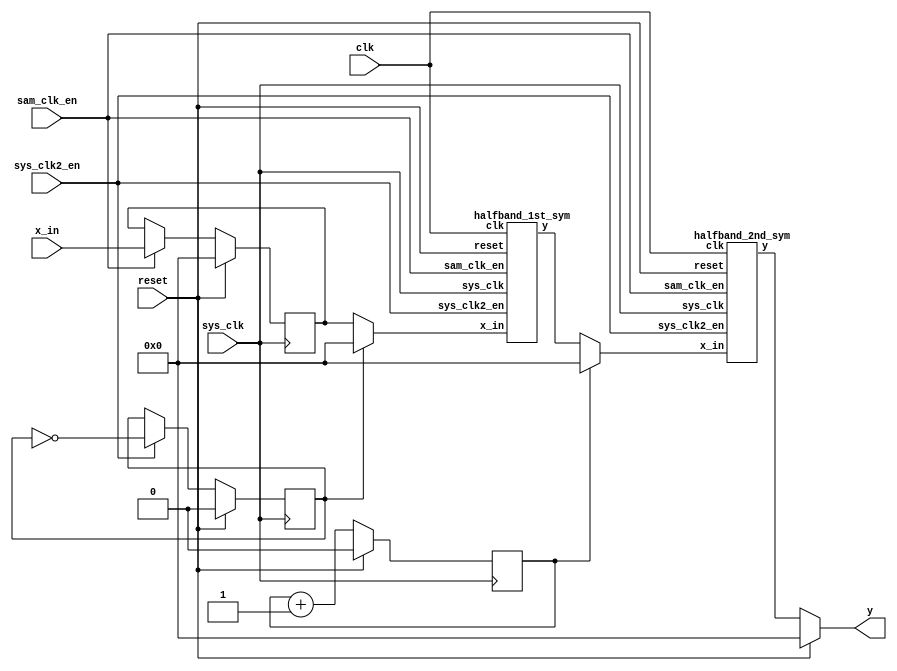
module DUT #(
//Will have to manually adjust line 110 if statements based on len of filt & sum lvls required
    parameter WIDTH=18,
    parameter LENGTH=15,
    parameter DELAY=4,
    parameter SUMLV1=8,
    parameter SUMLV2=4,
    parameter SUMLV3=2
)
(
    input sys_clk, sam_clk_en, reset, clk, sys_clk2_en,
    input signed [WIDTH-1:0] x_in,
    output reg signed [WIDTH-1:0] y
);
(* preserve *) reg signed [WIDTH-1:0] x;

/*-----------x[n]-----------*/
always @ (posedge sys_clk)
    if (reset) 
        x<=18'sd0;
    else if (sam_clk_en) begin
        x<=$signed( x_in );
    end
    else
        x<=$signed(x);

/*------------Upsample b4 1st LPF | 12.5 MHz------------*/
(* preserve *) reg halfSysCnt;

always @ (posedge sys_clk)
	if (reset)
		halfSysCnt=1'd0;
	else if (sys_clk2_en)
		halfSysCnt=~halfSysCnt;
		
(* keep *) reg signed [17:0] UpSam1;

always @ * begin
	case (halfSysCnt)
		1'd0 : UpSam1=$signed(x);
		default : UpSam1=18'sd0;
	endcase
end
		
/*------------First halfband LPF | 12.5 MHz------------*/
wire signed [17:0] halfOut1;

halfband_1st_sym HB1 (
//halfband_1st_sym_copy HB1 (
	.x_in(UpSam1),
	.y(halfOut1),
	.sys_clk(sys_clk),
	.sam_clk_en(sam_clk_en),
	.reset(reset),
	.clk(clk),
	.sys_clk2_en(sys_clk2_en)
	);

/*------------Upsample b4 2nd LPF | 25 MHz------------*/
(* preserve *) reg SysCnt;

always @ (posedge sys_clk)
	if (reset)
		SysCnt<=1'd0;
	else 
		SysCnt<=SysCnt+1'd1;
		
		
(* keep *) reg signed [17:0] UpSam2;

always @ * begin
	case (SysCnt)
		1'd0 : UpSam2=$signed(halfOut1);
		default : UpSam2=18'sd0;
	endcase
end
		
/*------------Second halfband LPF | 25 MHz------------*/
wire signed [17:0] halfOut2;

halfband_2nd_sym HB2 (
	.x_in(UpSam2),
	.y(halfOut2),
	.sys_clk(sys_clk),
	.sam_clk_en(sam_clk_en),
	.reset(reset),
	.clk(clk),
	.sys_clk2_en(sys_clk2_en)
	);

always @ (sys_clk)
	if (reset)
		y<=18'sd0;
	else
		y<=$signed(halfOut2);

endmodule

/*----------------------------------HB1----------------------------------*/
module halfband_1st_sym #(
//Will have to manually adjust line 110 if statements based on len of filt & sum lvls required
    parameter WIDTH=18,
    parameter LENGTH=15,
    parameter DELAY=4,
    parameter SUMLV1=8,
    parameter SUMLV2=4,
    parameter SUMLV3=2
)
(
    input sys_clk, sam_clk_en, reset, clk, sys_clk2_en,
    input signed [WIDTH-1:0] x_in,
    output reg signed [WIDTH-1:0] y
);

(* preserve *) reg signed [WIDTH-1:0] sum_lvl_1[SUMLV1-1:0];
(* keep *) reg signed [2*WIDTH-1:0] mult_out[SUMLV1-1:0];
(* noprune *) reg signed [WIDTH-1:0] sum_lvl_2[SUMLV2-1:0];
(* noprune *) reg signed [WIDTH-1:0] sum_lvl_3[SUMLV3-1:0];
(* noprune *) reg signed [WIDTH-1:0] sum_lvl_4;
(* preserve *) reg signed [WIDTH-1:0] x[(LENGTH-1):0];
//0s18 coeffs
(* keep *) reg signed [WIDTH-1:0] Hsys[SUMLV1-1:0];


integer i;
initial begin
     for (i=0; i<SUMLV1; i=i+1)
        sum_lvl_1[i]=18'sd0;
     for (i=0; i<SUMLV1; i=i+1)
        mult_out[i]=36'sd0;
     for (i=0; i<LENGTH; i=i+1)
        x[i]=18'sd0;
     for (i=0; i<SUMLV3; i=i+1)
        sum_lvl_3[i]=18'sd0;
     sum_lvl_4 = 18'sd0;
     y = 18'sd0;
end


/*-----------x[n]-----------*/
always @ (posedge sys_clk)
    if (reset) 
        x[0]<=18'sd0;
    else if (sys_clk2_en) begin
        x[0]<=$signed( {x_in[17],x_in[17:1]} );	//format input to 2s16 to prevent overflow
    end
    else
        x[0]<=$signed(x[0]);

always @ (posedge sys_clk)
    if (reset) begin
        for(i=1; i<LENGTH; i=i+1)
            x[i]<=18'sd0;
    end
    else if (sys_clk2_en) begin
        for(i=1; i<LENGTH; i=i+1)
            x[i]<=$signed(x[i-1]);
    end

/*-----------sum_lvl_1-----------*/
always @ (posedge sys_clk)
    if (reset) begin
		 for(i=0;i<SUMLV1-1;i=i+1)
			  sum_lvl_1[i] <= 18'sd0;
    end
    else if (sys_clk2_en) begin
		 for(i=0;i<SUMLV1-1;i=i+1)
			  sum_lvl_1[i] <= $signed(x[i])+$signed(x[LENGTH-1-i]);
    end

//cntr
always @ (posedge sys_clk)
    if (reset) sum_lvl_1[SUMLV1-1] <= 18'sd0;
    else if (sys_clk2_en) sum_lvl_1[SUMLV1-1] <= $signed(x[SUMLV1-1]);
    else sum_lvl_1[SUMLV1-1] <= $signed(sum_lvl_1[SUMLV1-1]);

/*-----------Mult_out (2s34)-----------*/
always @ *
	for(i=0; i<SUMLV1; i=i+1)
				//mult_out (2s34) = 0s18 * 2s16
				mult_out[i] = $signed(Hsys[i])*$signed(sum_lvl_1[i]);

/*-----------SUMLV2-----------*/
always @ (posedge sys_clk)
    if (reset) begin
        for (i=0; i<SUMLV2; i=i+1)
            sum_lvl_2[i]<=18'sd0;
    end
    else if (sys_clk2_en) begin
        for (i=0; i<SUMLV2; i=i+1)				
	    //mult_out (2s34) -> sum_lvl_2 1s17
            sum_lvl_2[i]<=$signed(mult_out[2*i][34:17])+$signed(mult_out[2*i+1][34:17]);
    end

/*-----------SUMLV3-----------*/
always @ (posedge sys_clk)
    if (reset) begin
        for (i=0; i<SUMLV3; i=i+1)
            sum_lvl_3[i]<=18'sd0;
    end
    else if (sys_clk2_en) begin
        for (i=0; i<SUMLV3; i=i+1)
            sum_lvl_3[i]<=$signed(sum_lvl_2[2*i])+$signed(sum_lvl_2[2*i+1]);
    end

/*-----------SUMLV4-----------*/
always @ (posedge sys_clk)
    if (reset)
       sum_lvl_4<=18'sd0;
    else if (sys_clk2_en)
       sum_lvl_4<=$signed(sum_lvl_3[0])+$signed(sum_lvl_3[1]);

/*-----------Output-----------*/
always @ (posedge sys_clk)
    if (reset) 
	y<= 18'sd0;
    else if (sys_clk2_en)
	y<=$signed(sum_lvl_4);
    else 
	y<=$signed(y);

/*-----------coeffs 0s18-----------*/
initial begin
	Hsys[0] = -18'sd348;
	Hsys[1] = 18'sd0;
	Hsys[2] = 18'sd3274;
	Hsys[3] = 18'sd0;
	Hsys[4] = -18'sd15925;
	Hsys[5] = 18'sd0;
	Hsys[6] = 18'sd78535;
	Hsys[7] = 18'sd131071;
end

endmodule

/*----------------------------------HB2----------------------------------*/
module halfband_2nd_sym #(
//Will have to manually adjust line 110 if statements based on len of filt & sum lvls required
    parameter WIDTH=18,
    parameter LENGTH=15,
    parameter DELAY=4,
    parameter SUMLV1=8,
    parameter SUMLV2=4,
    parameter SUMLV3=2
)
(
    input sys_clk, sam_clk_en, reset, clk, sys_clk2_en,
    input signed [WIDTH-1:0] x_in,
    output reg signed [WIDTH-1:0] y
);

(* preserve *) reg signed [WIDTH-1:0] sum_lvl_1[SUMLV1-1:0];
(* keep *) reg signed [2*WIDTH-1:0] mult_out[SUMLV1-1:0];
(* noprune *) reg signed [WIDTH-1:0] sum_lvl_2[SUMLV2-1:0];
(* noprune *) reg signed [WIDTH-1:0] sum_lvl_3[SUMLV3-1:0];
(* noprune *) reg signed [WIDTH-1:0] sum_lvl_4;
(* preserve *) reg signed [WIDTH-1:0] x[(LENGTH-1):0];
//0s18 coeffs
(* keep *) reg signed [WIDTH-1:0] Hsys[SUMLV1-1:0];


integer i;
initial begin
     for (i=0; i<SUMLV1; i=i+1)
        sum_lvl_1[i]=18'sd0;
     for (i=0; i<SUMLV1; i=i+1)
        mult_out[i]=36'sd0;
     for (i=0; i<LENGTH; i=i+1)
        x[i]=18'sd0;
     for (i=0; i<SUMLV3; i=i+1)
        sum_lvl_3[i]=18'sd0;
     sum_lvl_4 = 18'sd0;
     y = 18'sd0;
end


/*-----------x[n]-----------*/
always @ (posedge sys_clk)
    if (reset) 
        x[0]<=18'sd0;
    else
        x[0]<=$signed( {x_in[17],x_in[17:1]} );	//format input to 2s16 to prevent overflow

always @ (posedge sys_clk)
    if (reset) begin
        for(i=1; i<LENGTH; i=i+1)
            x[i]<=18'sd0;
    end
    else begin
        for(i=1; i<LENGTH; i=i+1)
            x[i]<=$signed(x[i-1]);
    end

/*-----------sum_lvl_1-----------*/
always @ (posedge sys_clk)
    if (reset) begin
		 for(i=0;i<SUMLV1-1;i=i+1)
			  sum_lvl_1[i] <= 18'sd0;
    end
    else begin
		 for(i=0;i<SUMLV1-1;i=i+1)
			  sum_lvl_1[i] <= $signed(x[i])+$signed(x[LENGTH-1-i]);
    end

//cntr
always @ (posedge sys_clk)
    if (reset) sum_lvl_1[SUMLV1-1] <= 18'sd0;
    else sum_lvl_1[SUMLV1-1] <= $signed(x[SUMLV1-1]);

/*-----------Mult_out (2s34)-----------*/
always @ *
	for(i=0; i<SUMLV1; i=i+1)
				//mult_out (2s34) = 0s18 * 2s16
				mult_out[i] = $signed(Hsys[i])*$signed(sum_lvl_1[i]);

/*-----------SUMLV2-----------*/
always @ (posedge sys_clk)
    if (reset) begin
        for (i=0; i<SUMLV2; i=i+1)
            sum_lvl_2[i]<=18'sd0;
    end
    else begin
        for (i=0; i<SUMLV2; i=i+1)				
	    //mult_out (2s34) -> sum_lvl_2 1s17
            sum_lvl_2[i]<=$signed(mult_out[2*i][34:17])+$signed(mult_out[2*i+1][34:17]);
    end

/*-----------SUMLV3-----------*/
always @ (posedge sys_clk)
    if (reset) begin
        for (i=0; i<SUMLV3; i=i+1)
            sum_lvl_3[i]<=18'sd0;
    end
    else begin
        for (i=0; i<SUMLV3; i=i+1)
            sum_lvl_3[i]<=$signed(sum_lvl_2[2*i])+$signed(sum_lvl_2[2*i+1]);
    end

/*-----------SUMLV4-----------*/
always @ (posedge sys_clk)
    if (reset)
       sum_lvl_4<=18'sd0;
    else
       sum_lvl_4<=$signed(sum_lvl_3[0])+$signed(sum_lvl_3[1]);

/*-----------Output-----------*/
always @ (posedge sys_clk)
    if (reset) 
		y<= 18'sd0;
    else 
		y<=$signed(sum_lvl_4);

/*-----------coeffs 0s18-----------*/
initial begin
	Hsys[0] = -18'sd322;
	Hsys[1] = 18'sd0;
	Hsys[2] = 18'sd3144;
	Hsys[3] = 18'sd0;
	Hsys[4] = -18'sd15695;
	Hsys[5] = 18'sd0;
	Hsys[6] = 18'sd78408;
	Hsys[7] = 18'sd131071;
end

endmodule

/*----------------------------------HB1_6coeffs----------------------------------*/
module halfband_1st_sym_copy #(
//Will have to manually adjust line 110 if statements based on len of filt & sum lvls required
    parameter WIDTH=18,
    parameter LENGTH=7,
    parameter DELAY=4,
    parameter SUMLV1=4,
    parameter SUMLV2=2,
    parameter SUMLV3=1
)
(
    input sys_clk, sam_clk_en, reset, clk, sys_clk2_en,
    input signed [WIDTH-1:0] x_in,
    output reg signed [WIDTH-1:0] y
);

(* preserve *) reg signed [WIDTH-1:0] sum_lvl_1[SUMLV1-1:0];
(* keep *) reg signed [2*WIDTH-1:0] mult_out[SUMLV1-1:0];
(* noprune *) reg signed [WIDTH-1:0] sum_lvl_2[SUMLV2-1:0];
(* noprune *) reg signed [WIDTH-1:0] sum_lvl_3;
(* preserve *) reg signed [WIDTH-1:0] x[(LENGTH-1):0];
//0s18 coeffs
(* keep *) reg signed [WIDTH-1:0] Hsys[SUMLV1-1:0];


integer i;
initial begin
     for (i=0; i<SUMLV1; i=i+1)
        sum_lvl_1[i]=18'sd0;
     for (i=0; i<SUMLV1; i=i+1)
        mult_out[i]=36'sd0;
     for (i=0; i<LENGTH; i=i+1)
        x[i]=18'sd0;
     sum_lvl_3=18'sd0;
     y = 18'sd0;
end


/*-----------x[n]-----------*/
always @ (posedge sys_clk)
    if (reset) 
        x[0]<=18'sd0;
    else if (sys_clk2_en) begin
        x[0]<=$signed( {x_in[17],x_in[17:1]} );	//format input to 2s16 to prevent overflow
    end
    else
        x[0]<=$signed(x[0]);

always @ (posedge sys_clk)
    if (reset) begin
        for(i=1; i<LENGTH; i=i+1)
            x[i]<=18'sd0;
    end
    else if (sys_clk2_en) begin
        for(i=1; i<LENGTH; i=i+1)
            x[i]<=$signed(x[i-1]);
    end

/*-----------sum_lvl_1-----------*/
always @ (posedge sys_clk)
    if (reset) begin
		 for(i=0;i<SUMLV1-1;i=i+1)
			  sum_lvl_1[i] <= 18'sd0;
    end
    else if (sys_clk2_en) begin
		 for(i=0;i<SUMLV1-1;i=i+1)
			  sum_lvl_1[i] <= $signed(x[i])+$signed(x[LENGTH-1-i]);
    end

//cntr
always @ (posedge sys_clk)
    if (reset) sum_lvl_1[SUMLV1-1] <= 18'sd0;
    else if (sys_clk2_en) sum_lvl_1[SUMLV1-1] <= $signed(x[SUMLV1-1]);
    else sum_lvl_1[SUMLV1-1] <= $signed(sum_lvl_1[SUMLV1-1]);

/*-----------Mult_out (2s34)-----------*/
always @ *
	for(i=0; i<SUMLV1; i=i+1)
				//mult_out (2s34) = 0s18 * 2s16
				mult_out[i] = $signed(Hsys[i])*$signed(sum_lvl_1[i]);

/*-----------SUMLV2-----------*/
always @ (posedge sys_clk)
    if (reset) begin
        for (i=0; i<SUMLV2; i=i+1)
            sum_lvl_2[i]<=18'sd0;
    end
    else if (sys_clk2_en) begin
        for (i=0; i<SUMLV2; i=i+1)				
	    //mult_out (2s34) -> sum_lvl_2 1s17
            sum_lvl_2[i]<=$signed(mult_out[2*i][34:17])+$signed(mult_out[2*i+1][34:17]);
    end

/*-----------SUMLV3-----------*/
always @ (posedge sys_clk)
    if (reset)
       sum_lvl_3<=18'sd0;
    else if (sys_clk2_en)
       sum_lvl_3<=$signed(sum_lvl_2[0])+$signed(sum_lvl_2[1]);

/*-----------Output-----------*/
always @ (posedge sys_clk)
    if (reset) 
	y<= 18'sd0;
    else if (sys_clk2_en)
	y<=$signed(sum_lvl_3);
    else 
	y<=$signed(y);

/*-----------coeffs 0s18-----------*/
initial begin
	Hsys[0] = -18'sd8495;
	Hsys[1] = 18'sd0;
	Hsys[2] = 18'sd74024;
	Hsys[3] = 18'sd131071;
end

endmodule